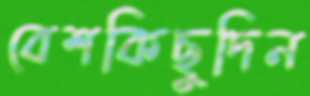
বেশকিছুদিন